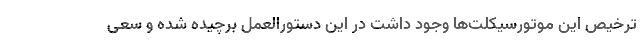
ترخیص این موتورسیکلت‌ها وجود داشت در این دستورالعمل برچیده شده و سعی